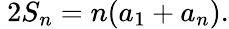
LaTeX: \ 2S_{n}=n(a_{1}+a_{n}).